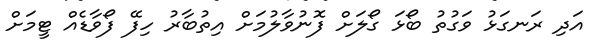
އަދި ރަނގަޅު ވަގުތު ބޯޅަ ގޯލަށް ފޮނުވާލުމަށް އިތުބާރު ހިފޭ ފޯވާޑެއް ޓީމަށް